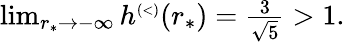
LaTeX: \begin{array}{r}{\operatorname*{lim}_{r_{*}\to-\infty}h^{\scriptscriptstyle(<)}(r_{*})=\frac{3}{\sqrt{5}}>1.}\end{array}